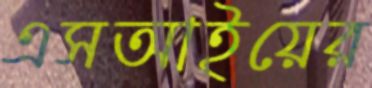
এসআইয়ের